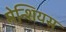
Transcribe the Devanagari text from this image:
मेन्शियस